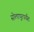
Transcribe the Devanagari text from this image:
सोलापूरपर्यंत